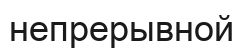
непрерывной